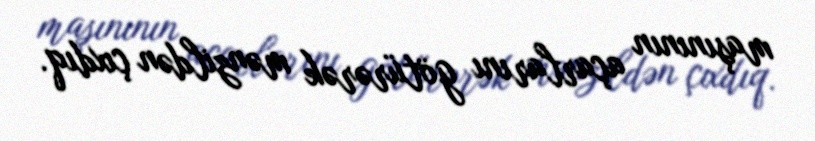
maşınının açarlarını götürərək mənzildən çıxdıq.